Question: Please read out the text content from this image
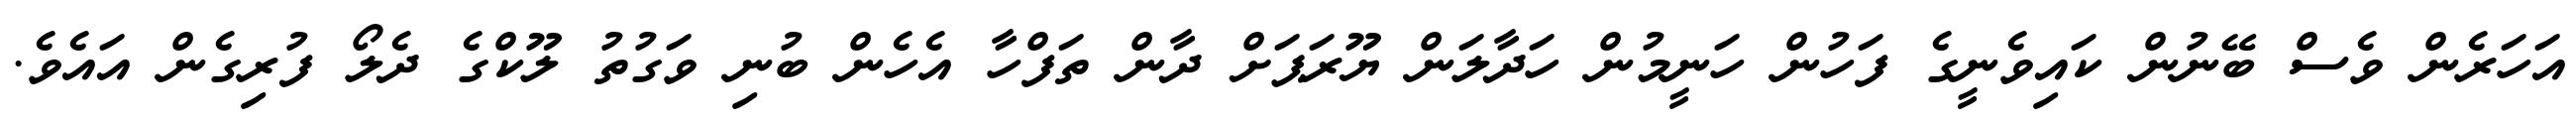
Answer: އަހަރެން ވެސް ބޭނުން ކައިވެނީގެ ފަހުން ހަނީމުން ހަދާލަން ޔޫރަޕަށް ދާން ތަފްހާ އެހެން ބުނި ވަގުތު ލޫކްގެ ދެލޯ ފުރިގެން އައެވެ.